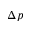
\Delta p